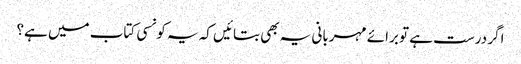
اگر درست ہے تو برائے مہربانی یہ بھی بتائیں کہ یہ کونسی کتاب میں ہے؟